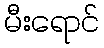
မီးရောင်